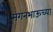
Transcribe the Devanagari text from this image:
सगनभाऊच्या